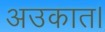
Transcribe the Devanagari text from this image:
अउकात।